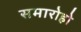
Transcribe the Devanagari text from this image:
समारोहो